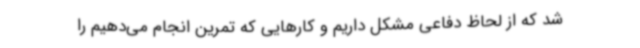
شد که از لحاظ دفاعی مشکل داریم و کارهایی که تمرین انجام می‌دهیم را